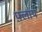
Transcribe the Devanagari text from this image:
फ़्लाप